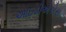
આઇડીએએસ